Vana-Antsla_vallavalitsus, lk 66
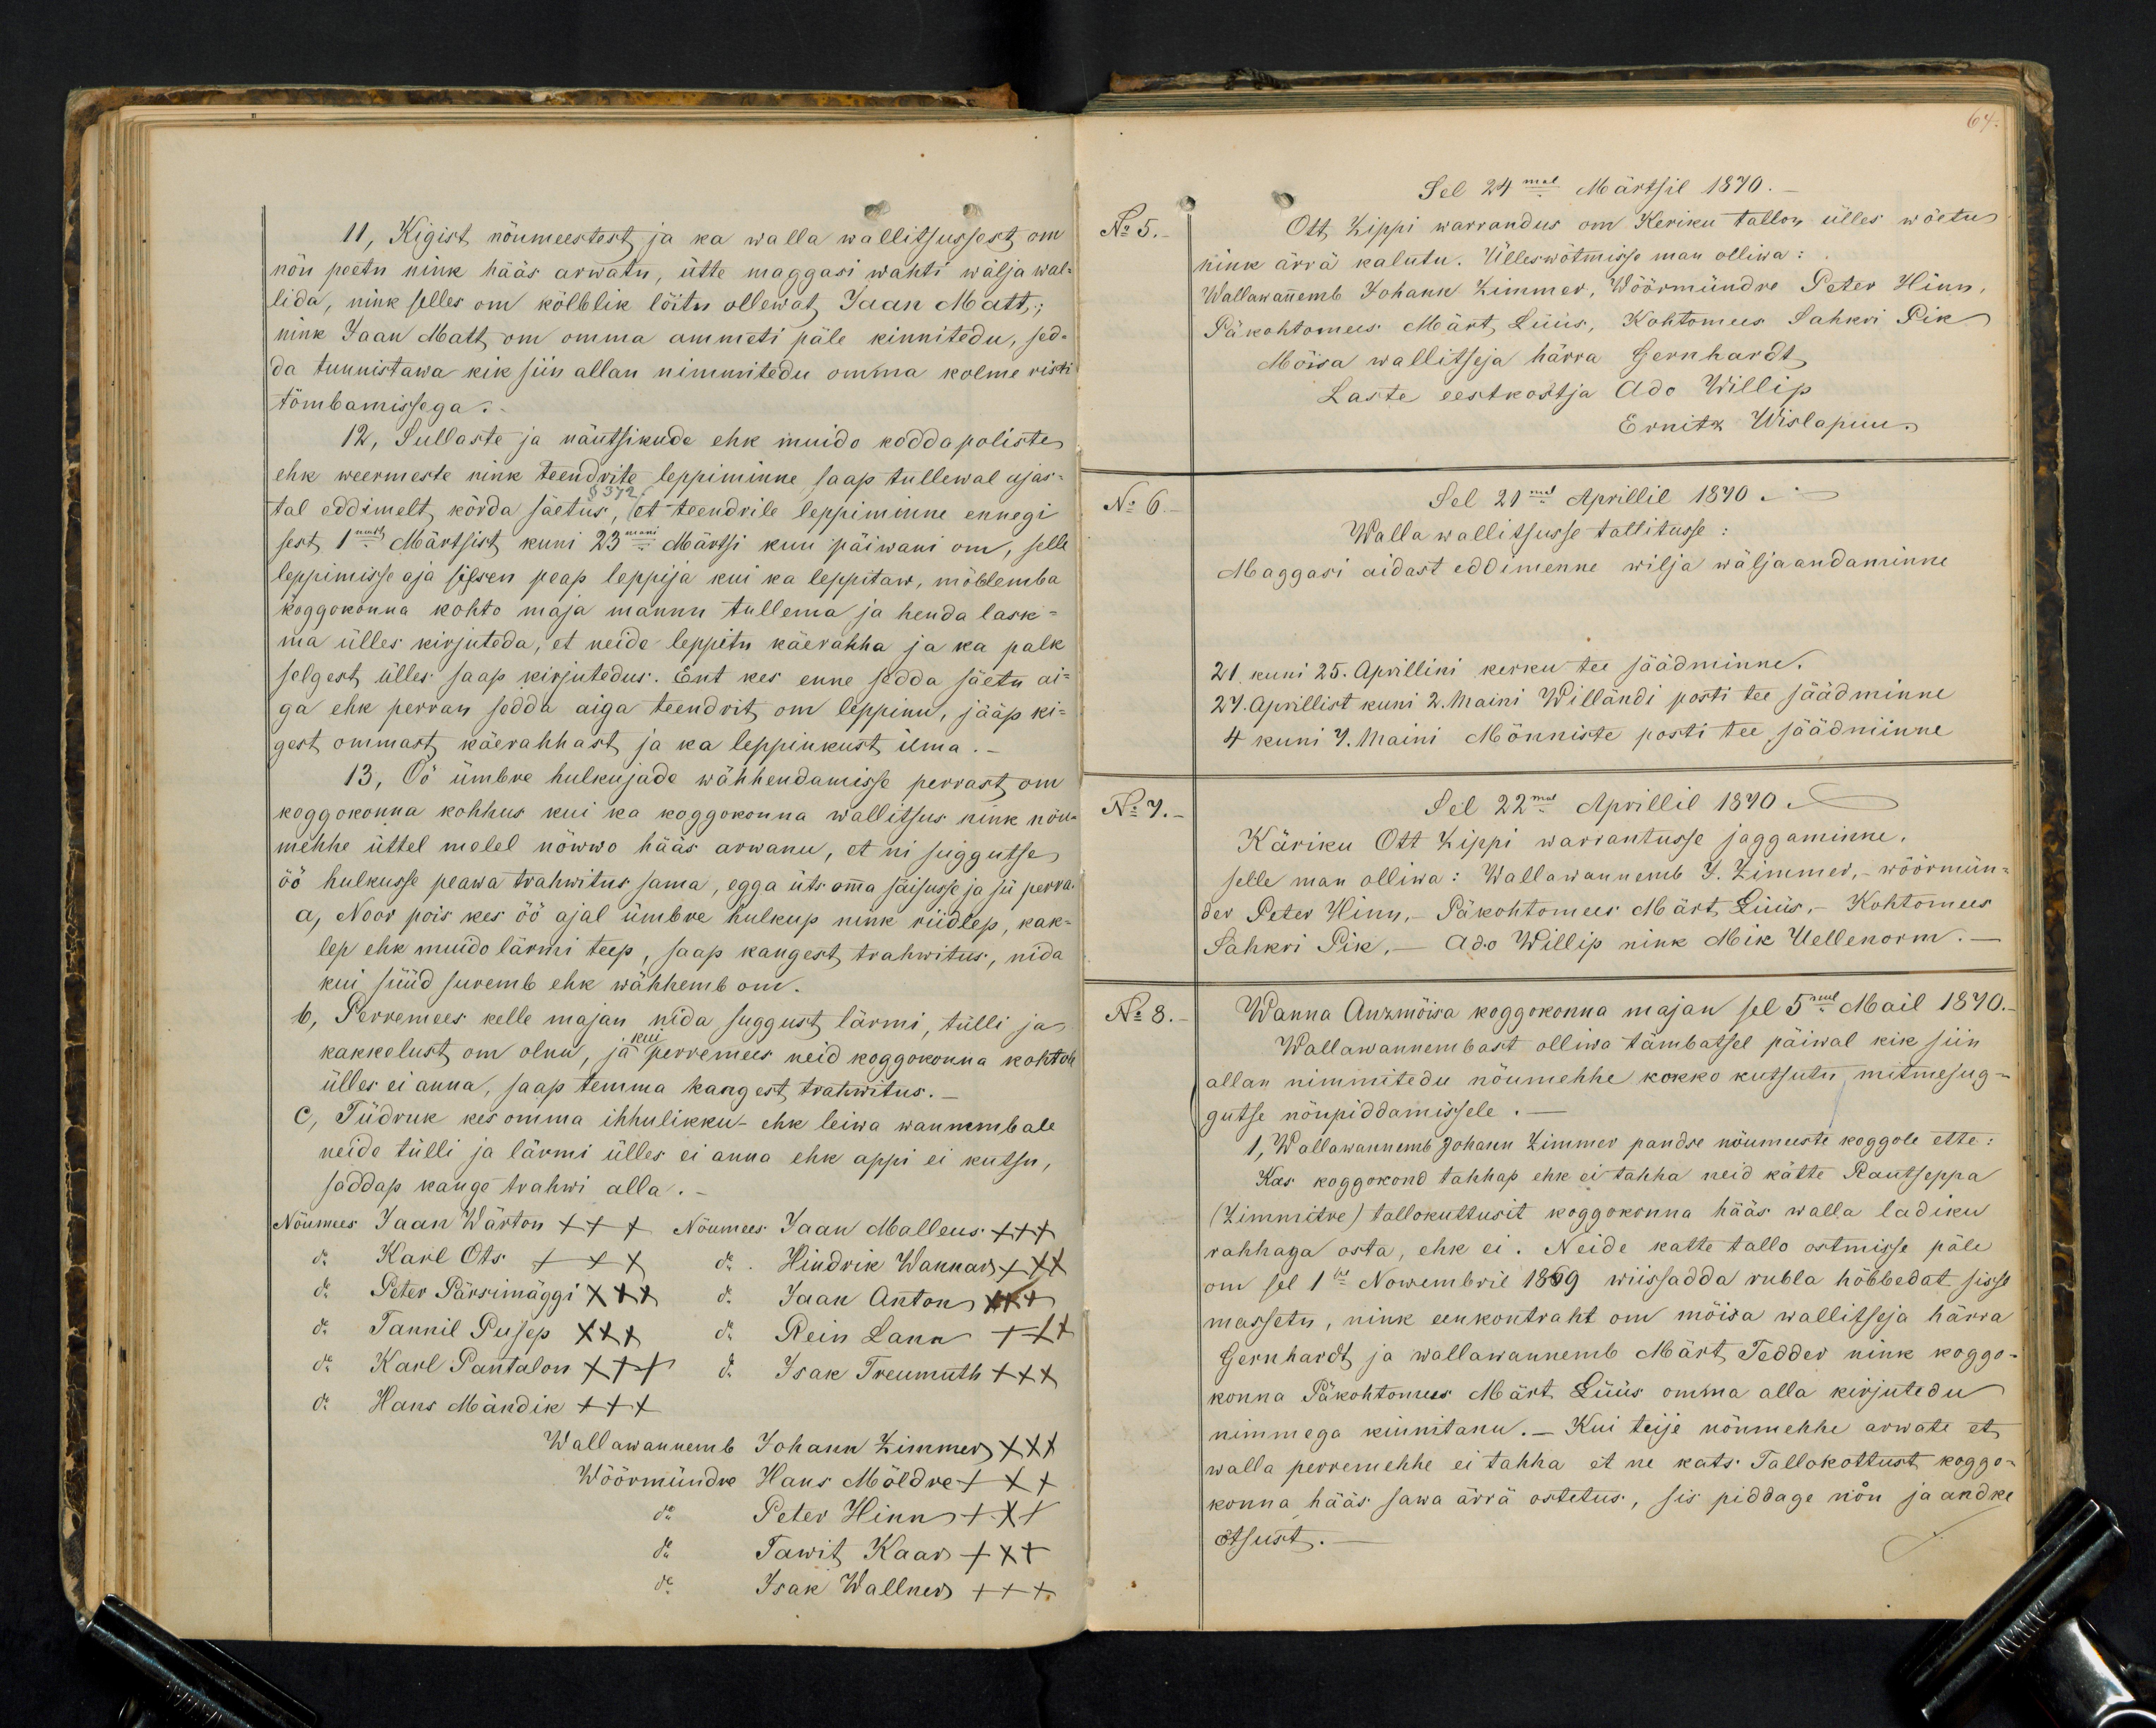
11, Kigist nöumeestest ja ka walla wallitsussest om
nöu peetu nink hääs arwatu, ütte maggasi wahti wälja wal-
lida, nink selles om kölblik löitu ollewat, Jaan Matt;
nink Jaan Matt om omma ammeti päle kinnitedu, sed-
da tunnistawa kik siin allan nimmitedu omma kolme risti
tömbamissega.
12, Sullaste ja näutsikude ehk muido kodda poliste
ehk weermeste nink teendrite leppiminne saap tullewal ajas-
tal eddimelt kõrda säetus, et teendrile leppiminne ennegi
sest, 1mast Märtsist kuni 23mani Märtsi kuu päiwani om, selle
leppimisse aja sissen peap leppija kui ka leppitaw, mõblemba
koggokonna kohto maja mannu tullema ja henda lask-
ma ülles kirjutada, et neide leppitu käerahha ja ka palk
selgest, ülles saap kirjutadus. Ent kes enne sedda säetu ai-
ga ehk perran sedda aiga teendrit om leppinu, jääp ki-
gest ommast käerahhast ja ka leppinkust ilma.
13, Öö ümbre hulkujade wähhendamisse perrast om
koggokonna kohhus kui ka koggokonna wallitsus nink nöu
mehhe üttel melel nöwwo hääs arwanu, et ni suggutse
öö hulkusse peawa trahwitus sama, egga üts oma säisusse ja sü perra.
a, Noor pois kes öö ajal ümbre hulkup nink riidlep, kak-
lep ehk muido lärmi teep, saap kangest trahwitus, nida
kui süüd suremb ehk wähhemb om.
b, Perremees kelle majan nida suggust, lärmi, tülli ja
kakkelust om olnu, ja kui perremees neid koggokonna kohtole
ülles ei anna, saap temma kangest trahwitus.
C, Tüdruk kes omma ihhulikku- ehk leiwa wannembale
neide tülli ja lärmi ülles ei anna ehk appi ei kutsu,
saddap kange trahwi alla
Nöumes Jaan Wärton +++ Nõumees Jaan Malleus +++
do Karl Ots XXX do Hindrik Wannar +++
do Peter Pärsimäggi XXXV do Jaan Anton +++
do Tannil Pusep XXX do Rein Lane +++
do Karl Pantalon XXX do Isak Treumuth +++
do Hans Mändik XXX
Wallawannemb Johann Zimmer XXX
Wöörmündre Hans Möldre +++
do Peter Hinn XXX
do Tawit Kaar XXX
do Isak Wallner +++

Sel 24mal Märtsil 1870.
No 5.
Ott, Zippi warrandus on Keriku tallos ülles wõetus
nink ärrä kalutu. Ülleswõtmisse man olliwa:
Wallawanemb Johann Zimmer, Wöörmündre Peter Hinn
Päkohtomees: Määrt, Lüüs, Kohtomees Sahkri Pik
Möisa wallitseja härra Gernhardt
Laste eestkostja Ado Willip
Ernitz Wislapuu.
No 6
Sel 21mal Aprillil 1870.
Walla wallitsusse tallitusse:
Maggasi aidast eddimenne wilja wäljaandaminne
21 kuni 25. Aprillini kerku tee säädminne.
27. Aprillist kuni 2. Maini Willändi posti tee jäädminne
4 kuni 7. Maini Mõnniste posti tee säädminne
No 7.
Sel 22mal Aprillil 1870
Käriku Ott Zippi warrantusse jaggamine.
selle man olliwa: Wallawannemb J. Zimmer, wöörmün
der Peter Hinn, - Päkohtomees Märt, Lüüs, - Kohtomees,
Sahkri Pik, - Ado Willip nink Mik Hellenorm.
No 8.
Wanna Ankmõisa koggokonna majan sel 5mal April 1870.
Wallawannembast olliwa tämbatsel päiwal kik siin
allan nimmitedu nõumehhe kokko kutsutu mitmesug-
gutse nöupidamissele.
1, Wallawannemb Johann Zimmer pandse nöumeeste koggole ette:
Kas koggokond tahhap ehk ei tahha neid kätte Rautseppa
(Zimmitre) tallokuttusit koggokonna hääs walla ladiku
rahhaga osta, ehk ei. Neide katte tallo ostmisse päle
on sel 1sel Nowembril 1869 wiissadda rubla hõbbedat sisse
massetu, nink eenkontraht om mõisa wallitseja härra
Gernhardt ja wallawannemb Märt Tedder nink koggo-
konna Päkohtomees Märt Lüüs omma alla kirjutedu
mimmega kinnitanu. Kui teije nõumehhe arwate et
walla perremehhe ei tahha et ne kats. Tallokottust koggo-
konna hääs sawa ärra ostetus, sis piddage nõu ja andke
otsust.